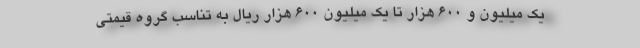
یک میلیون و ۶۰۰ هزار تا یک میلیون ۶۰۰ هزار ریال به تناسب گروه قیمتی